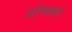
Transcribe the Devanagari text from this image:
औग्सवर्ग